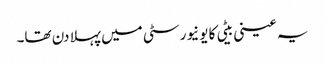
یہ عینی بیٹی کا یونیورسٹی میں پہلا دن تھا۔